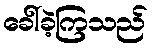
ခေါ်ခဲ့ကြသည်